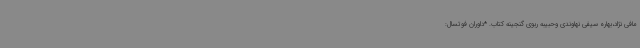
مافی نژاد،بهاره سیفی نهاوندی وحبیبه ربوی گنجینه کتاب. *داوران فوتسال: